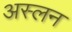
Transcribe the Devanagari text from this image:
अस्लन